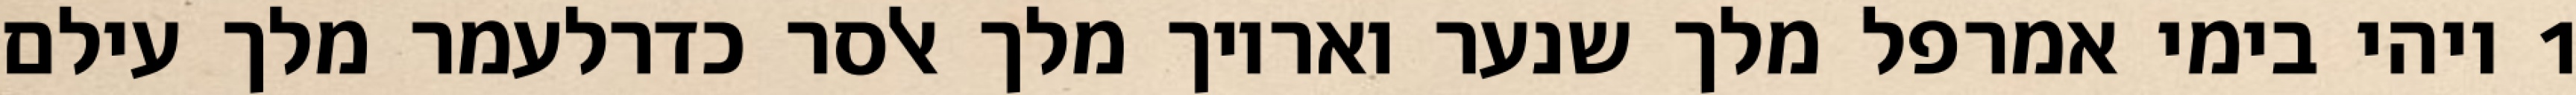
1 ויהי בימי אמרפל מלך שנער ואריוך מלך אלסר כדרלעמר מלך עילם